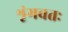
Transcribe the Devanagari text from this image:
शृंगवतः